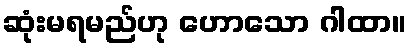
ဆုံးမရမည်ဟု ဟောသော ဂါထာ။